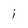
Character: i